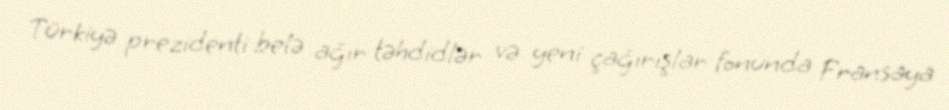
Türkiyə prezidenti belə ağır təhdidlər və yeni çağırışlar fonunda Fransaya